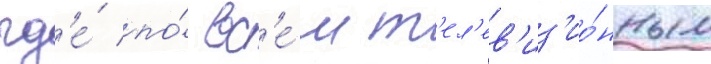
гд'е́ по́ вс'е́м т'ел'ев'из'ио́нным